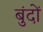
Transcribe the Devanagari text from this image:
बुंदों